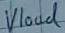
Text: Vload